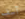
آسف